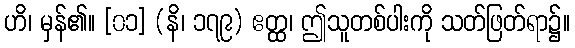
ဟိ၊ မှန်၏။ [၀၁] (နိ၊ ၁၇၉) ဧတ္ထ၊ ဤသူတစ်ပါးကို သတ်ဖြတ်ရာ၌။